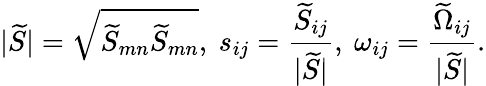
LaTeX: |\widetilde{S}|=\sqrt{{\widetilde{S}}_{mn}{\widetilde{S}}_{mn}},~s_{ij}=\frac{{\widetilde{S}}_{ij}}{|\widetilde{S}|},~\omega_{ij}=\frac{{\widetilde{\Omega}}_{ij}}{|\widetilde{S}|}.